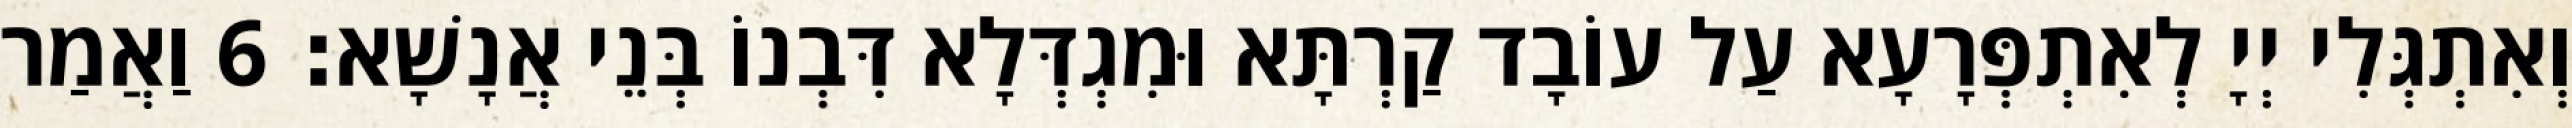
וְאִתְגְּלִי יְיָ לְאִתְפְּרָעָא עַל עוֹבָד קַרְתָּא וּמִגְדְּלָא דִּבְנוֹ בְּנֵי אֲנָשָׁא׃ 6 וַאֲמַר